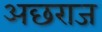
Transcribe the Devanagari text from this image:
अछराज